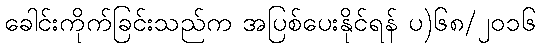
ခေါင်းကိုက်ခြင်းသည်က အပြစ်ပေးနိုင်ရန် ပ)၆၈/၂၀၁၆